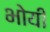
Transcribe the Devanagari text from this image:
भोयी